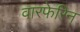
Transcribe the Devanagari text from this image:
वारफेरिन